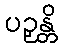
ပဉှန္တိ